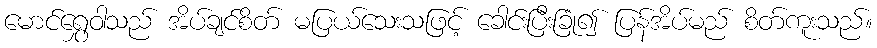
မောင်ရွှေဝါသည် အိပ်ချင်စိတ် မပြယ်သေးသဖြင့် ခေါင်းပြီးခြုံ၍ ပြန်အိပ်မည် စိတ်ကူးသည်။